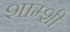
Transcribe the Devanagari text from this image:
शाम्शी